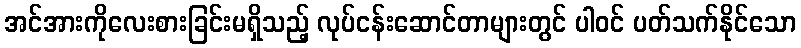
အင်အားကိုလေးစားခြင်းမရှိသည့် လုပ်ငန်းဆောင်တာများတွင် ပါဝင် ပတ်သက်နိုင်သော